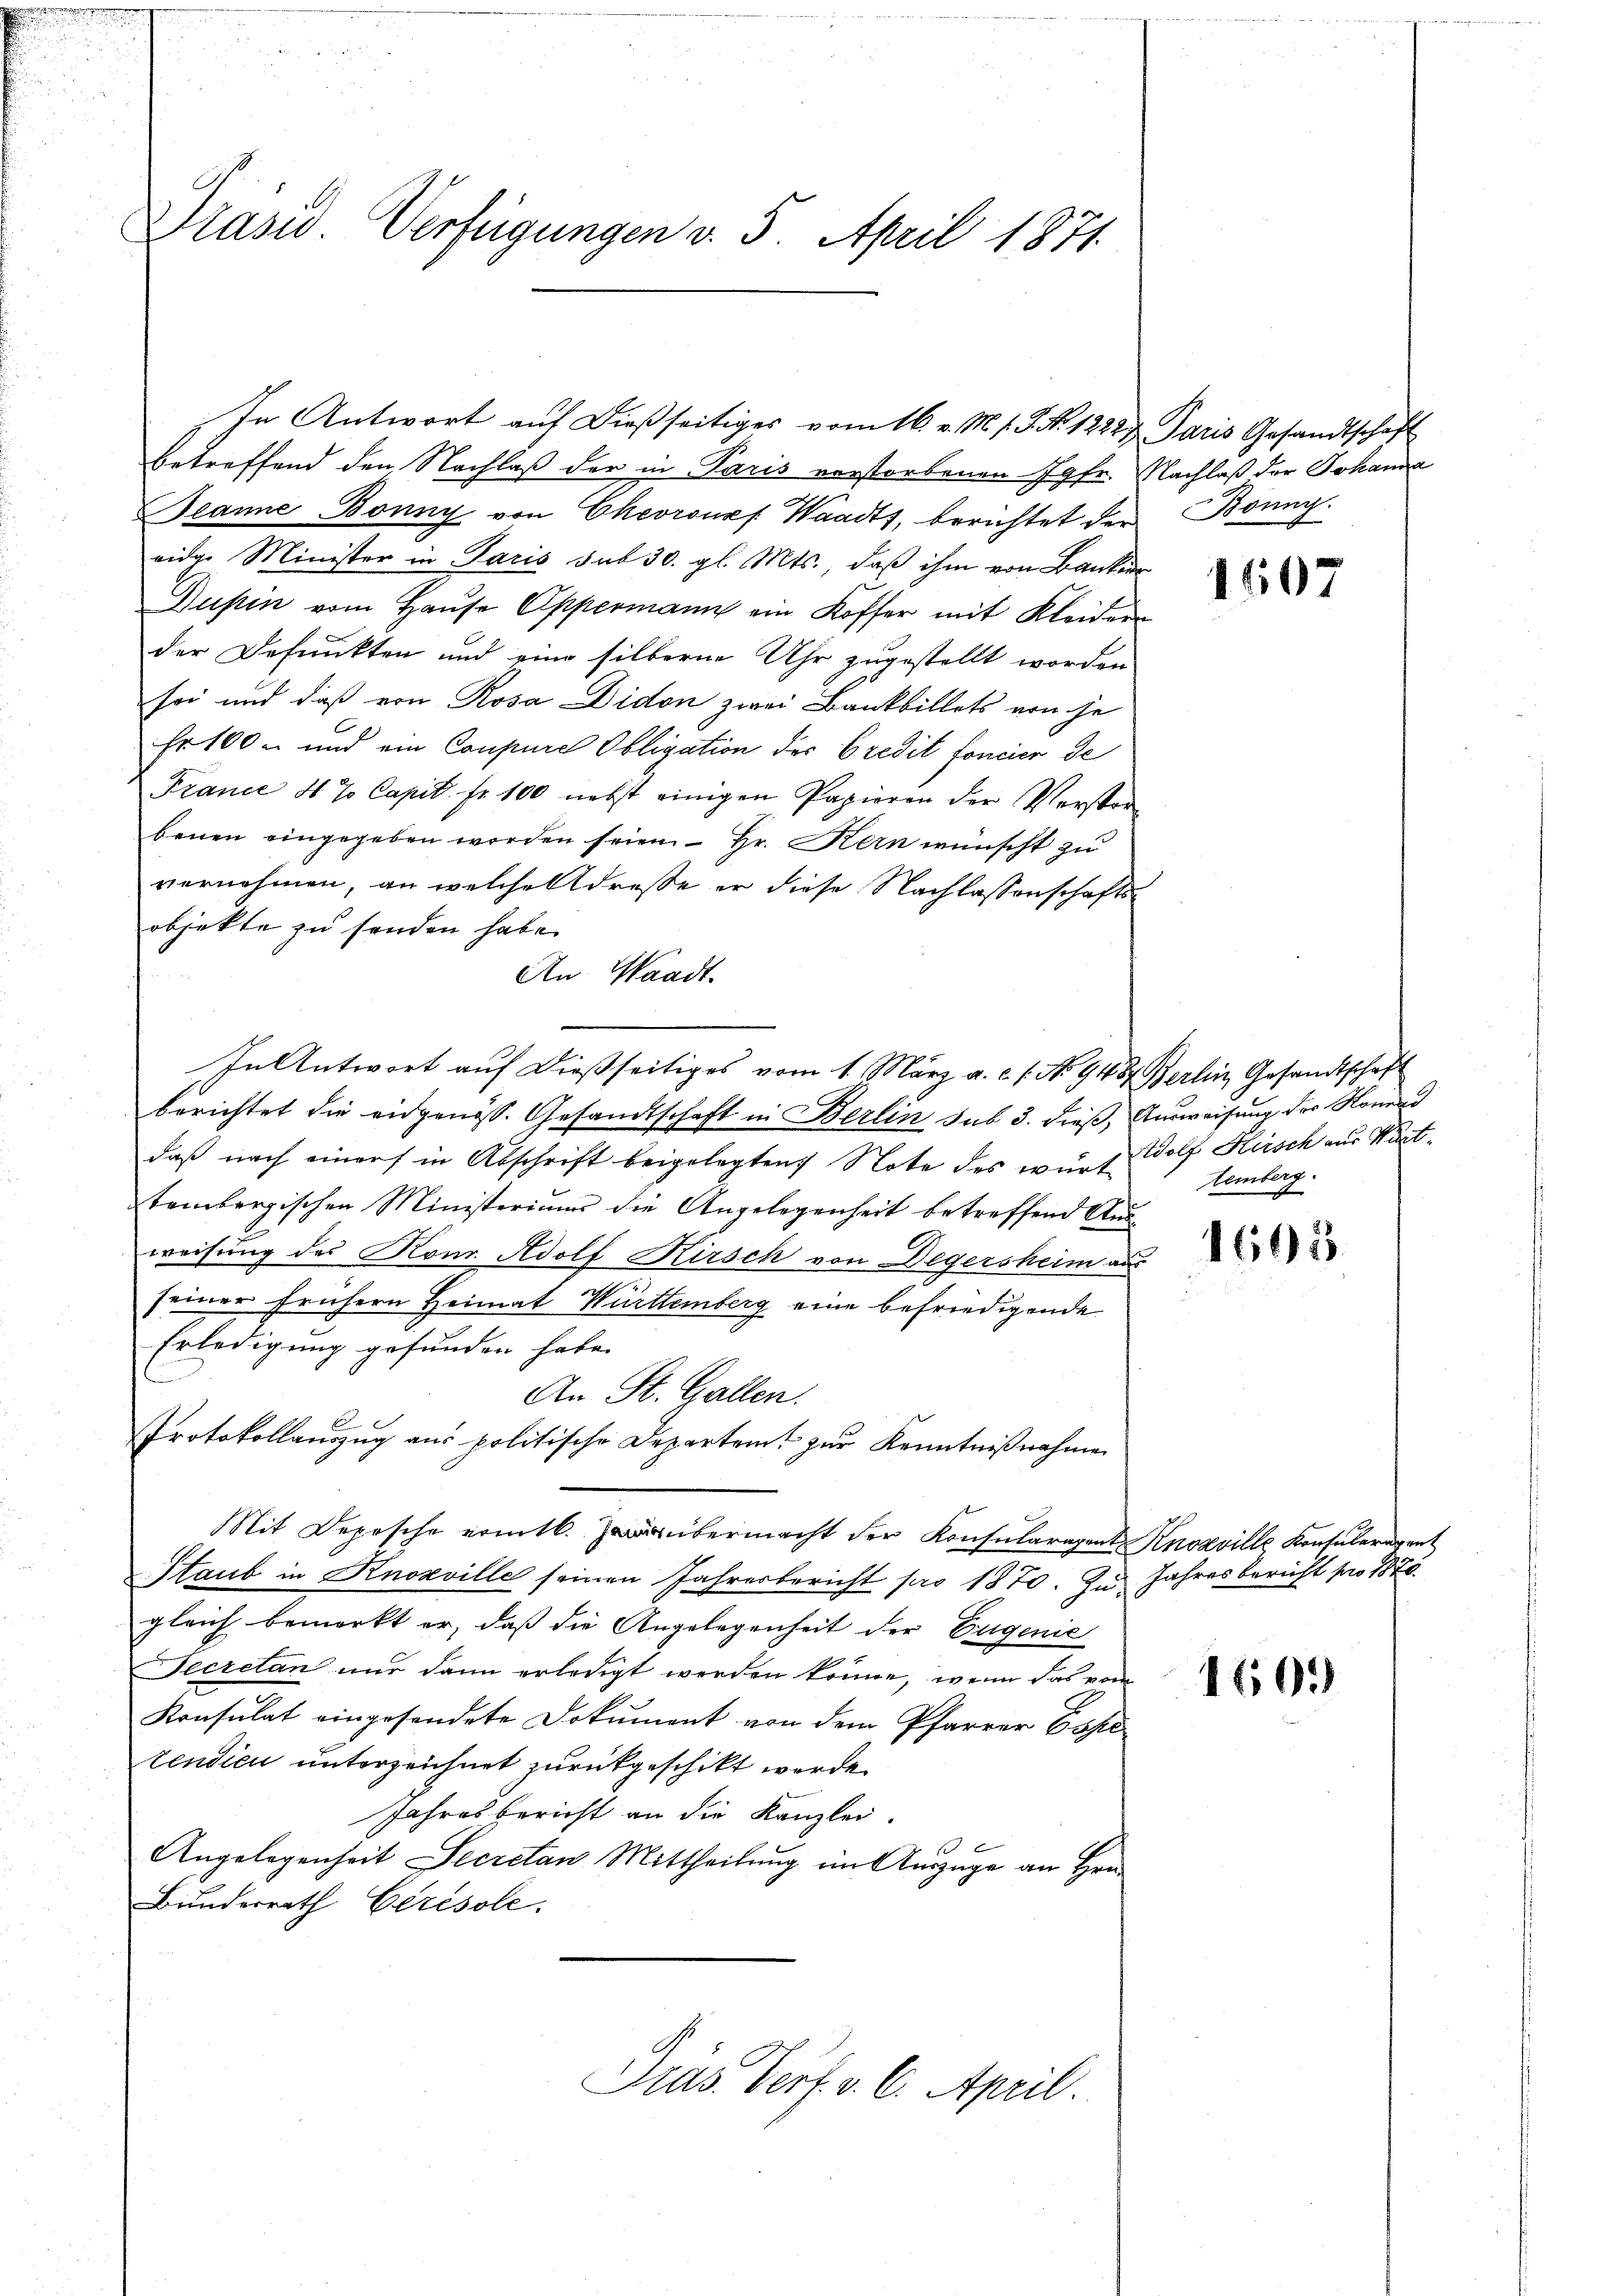
2

Präsid. Verfügungen v. 5. April 1871.

betreffend den Nachlaß der in Paris verstorbenen Jgfr. Nachlaß der Johanna
Beanne Bonny von Ekevrone Waadt, berichtet der Bonny.
eidge Minister in Paris sub 30. gl. Mts., daß ihm von Bankier
Dupin vom Haŭse Oppermann ein Koffer mit Kleidern
der Defunkten und eine silberne Uhr zugestellt worden
sei und daß von Rosa Didon zwei Bankbillets von je
Fr. 100 - und ein Coupure Obligation der Credit foncier de
France 4 % Capit. fr. 100 nebst einigen Papieren der Verster-
benen eingegeben worden seien - Hr. Kern wünscht zu
vernehmen, an welche Adresse er diese Nachlassenschaftsobjekte zu senden habe.
An Waadt.
In Antwort auf dießseitiges vom 1. März a. c. s. No 9484. Berlin, Gesandtschaft
berichtet die eidgenöss. Gesandtschaft in Berlin sub 3. dieß, Ausweisung des Komend
daß nach einer in Abschrift beigelegten Note des wurt dolf Hirsch aus Württembergischen Ministeriums die Angelegenheit betreffend Ausweisung des Konr. Adolf Kirsch von Degersheim aus
.
seiner frühern Heimat Württemberg eine befriedigende
Erledigung gefunden habe.
An St. Gallen.
Protokollauszug aus politische Departeit zur Kenntnißnahmen
Mit Depesche ermtl. übermacht der Konsularagent Knozville Konsulerigent
Staub in Knozville seinen Jahresbericht pro 1870. Zu Jahresbericht pro 1875.
gleich bemerkt er, daß die Angelegenheit der Eugenie
Secretan nur dann erledigt werden könne, wenn das von
Konsulat eingesendete Dokument von dem Pfarrer Esserendieu unterzeichnet zurückgeschikt werde.
Jahresbericht an die Kanzlei.
Angelegenheit Secretan Mittheilung im Auszuge an Hrn.
Bunderrath Chrisole.
Drus Verf. v. 6. April.

In Antwort auf dießseitiges vom 16. v. M. s. S. Nr. 1222 & Paris Gesandtschaft

1607

temberg.

1605

1601)